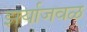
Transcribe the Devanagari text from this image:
झर्याजवळ